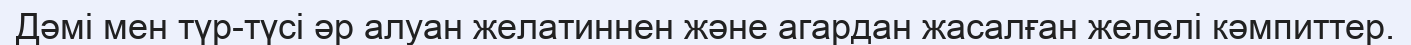
Дәмі мен түр-түсі әр алуан желатиннен және агардан жасалған желелі кәмпиттер.